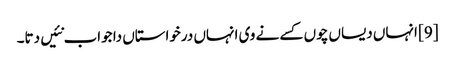
[9] انہاں دیساں چوں کسے نے وی انہاں درخواستاں دا جواب نئیں دتا۔